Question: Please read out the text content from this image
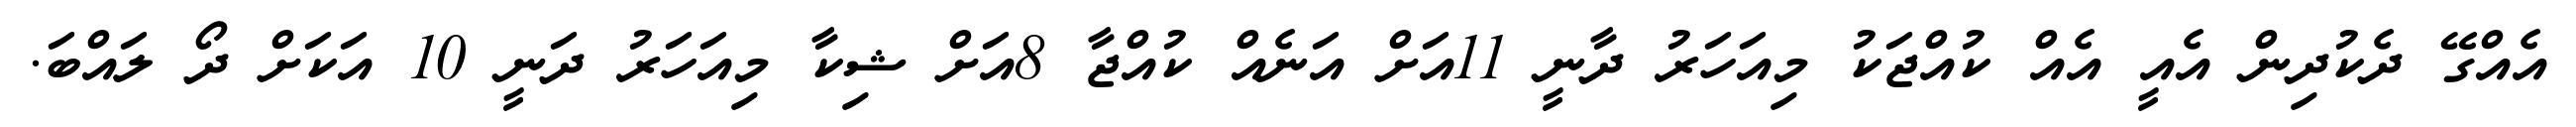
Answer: އެއްގޭ ދެކުދިން އެއީ އެއް ކުއްޖަކު މިއަހަރު ދާނީ 11އަށް އަނެއް ކުއްޖާ 8އަށް ޝިކާ މިއަހަރު ދަނީ 10 އަކަށް ދޯ ލައްބަ.